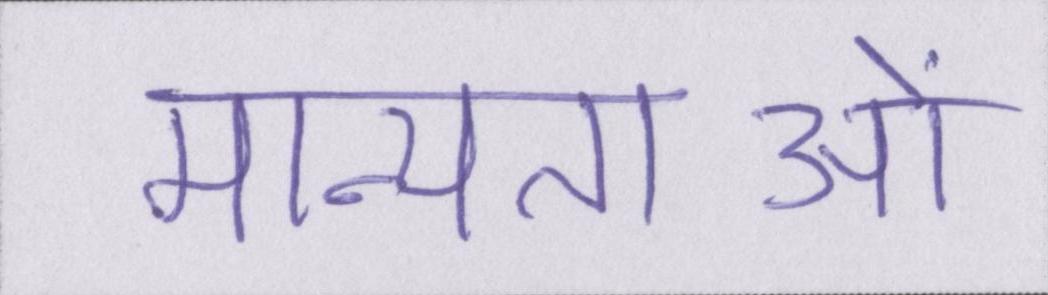
मान्यताओं